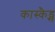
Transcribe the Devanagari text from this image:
कास्कैड्स